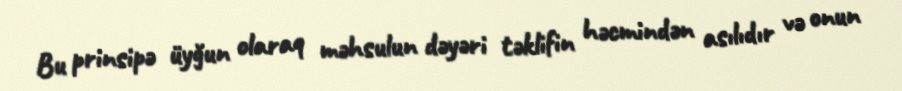
Bu prinsipə üyğun olaraq məhsulun dəyəri təklifin həcmindən asılıdır və onun